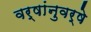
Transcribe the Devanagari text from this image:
वर्षांनुवर्षे